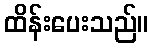
ထိန်းပေးသည်။